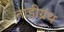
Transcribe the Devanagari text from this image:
नाडीग्रंथ